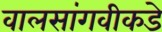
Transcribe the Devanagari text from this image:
वालसांगवीकडे